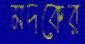
মদকের